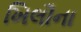
ખિલૌના